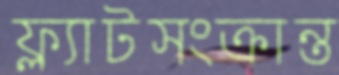
ফ্ল্যাটসংক্রান্ত